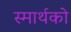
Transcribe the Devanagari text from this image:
स्मार्थको